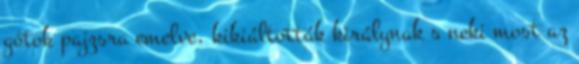
gótok pajzsra emelve, kikiáltották királynak s neki most az